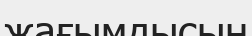
жағымдысын